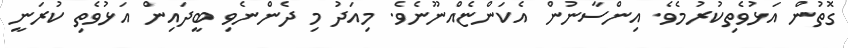
ގޮތުން އަޅުވެތިކުރުމެވެ. އިންސާނުން އެކަންޏެއްނޫނެވެ. މިއަދު މި ދެންނެވި ބީދައިން އަޅުވެތި ކުރަނީ